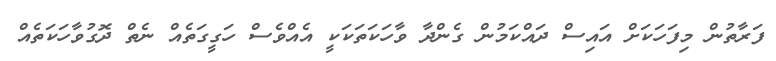
ފަރާތުން މިފަހަކަށް އައިސް ދައްކަމުން ގެންދާ ވާހަކަތަކަކީ އެއްވެސް ހަގީގަތެއް ނެތް ދޮގުވާހަކަތެއް